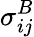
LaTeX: \sigma_{ij}^{B}